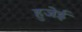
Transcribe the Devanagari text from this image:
हुजेई